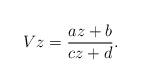
LaTeX: \begin{align*} V z = \frac{a z + b}{c z + d} . \end{align*}